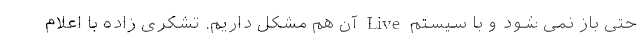
حتی باز نمی شود و با سیستم Live آن هم مشکل داریم. تشکری زاده با اعلام